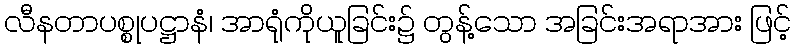
လီနတာပစ္စုပဋ္ဌာနံ၊ အာရုံကိုယူခြင်း၌ တွန့်သော အခြင်းအရာအား ဖြင့်